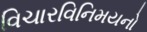
વિચારવિનિમયનો